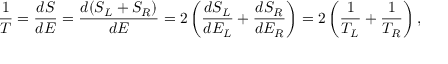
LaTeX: { \frac { 1 } { T } } = { \frac { d S } { d E } } = { \frac { d ( S _ { L } + S _ { R } ) } { d E } } = 2 \left( { \frac { d S _ { L } } { d E _ { L } } } + { \frac { d S _ { R } } { d E _ { R } } } \right) = 2 \left( { \frac { 1 } { T _ { L } } } + { \frac { 1 } { T _ { R } } } \right) ,